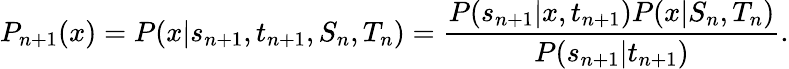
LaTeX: P_{n+1}(x)=P(x|s_{n+1},t_{n+1},S_{n},T_{n})=\frac{P(s_{n+1}|x,t_{n+1})P(x|S_{n},T_{n})}{P(s_{n+1}|t_{n+1})}.